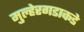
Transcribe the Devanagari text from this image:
मुल्हेरगडाकडे